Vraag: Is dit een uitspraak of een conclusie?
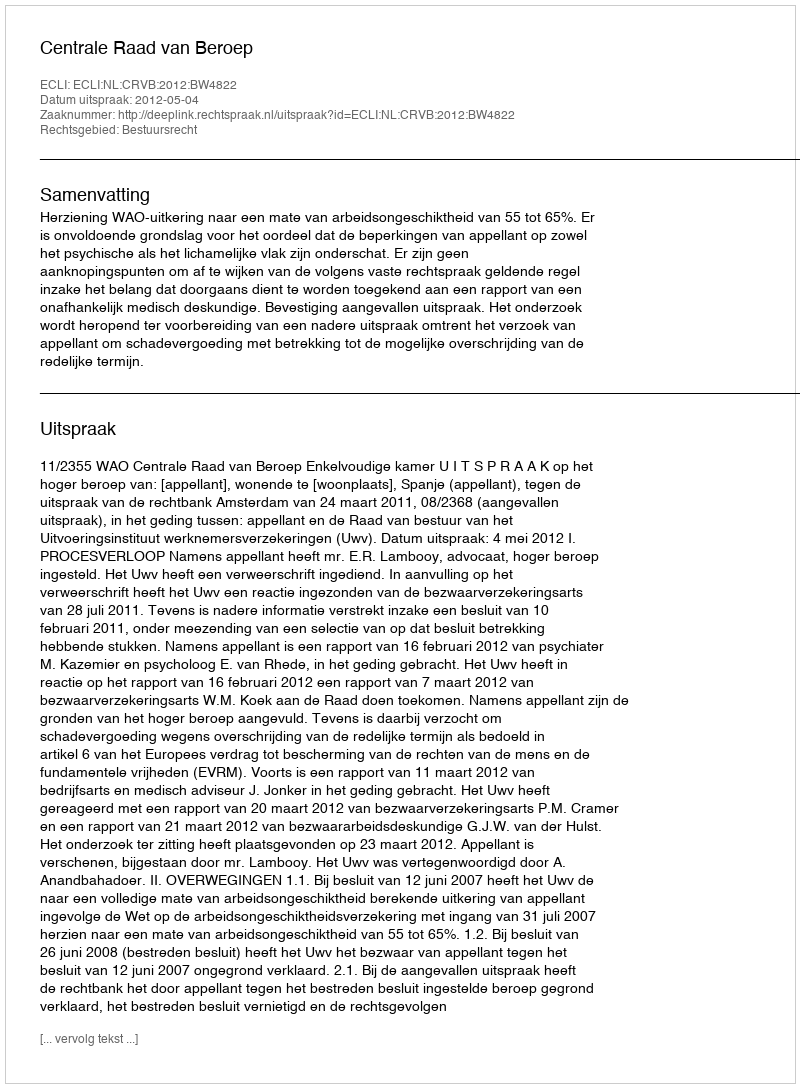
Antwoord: Uitspraak